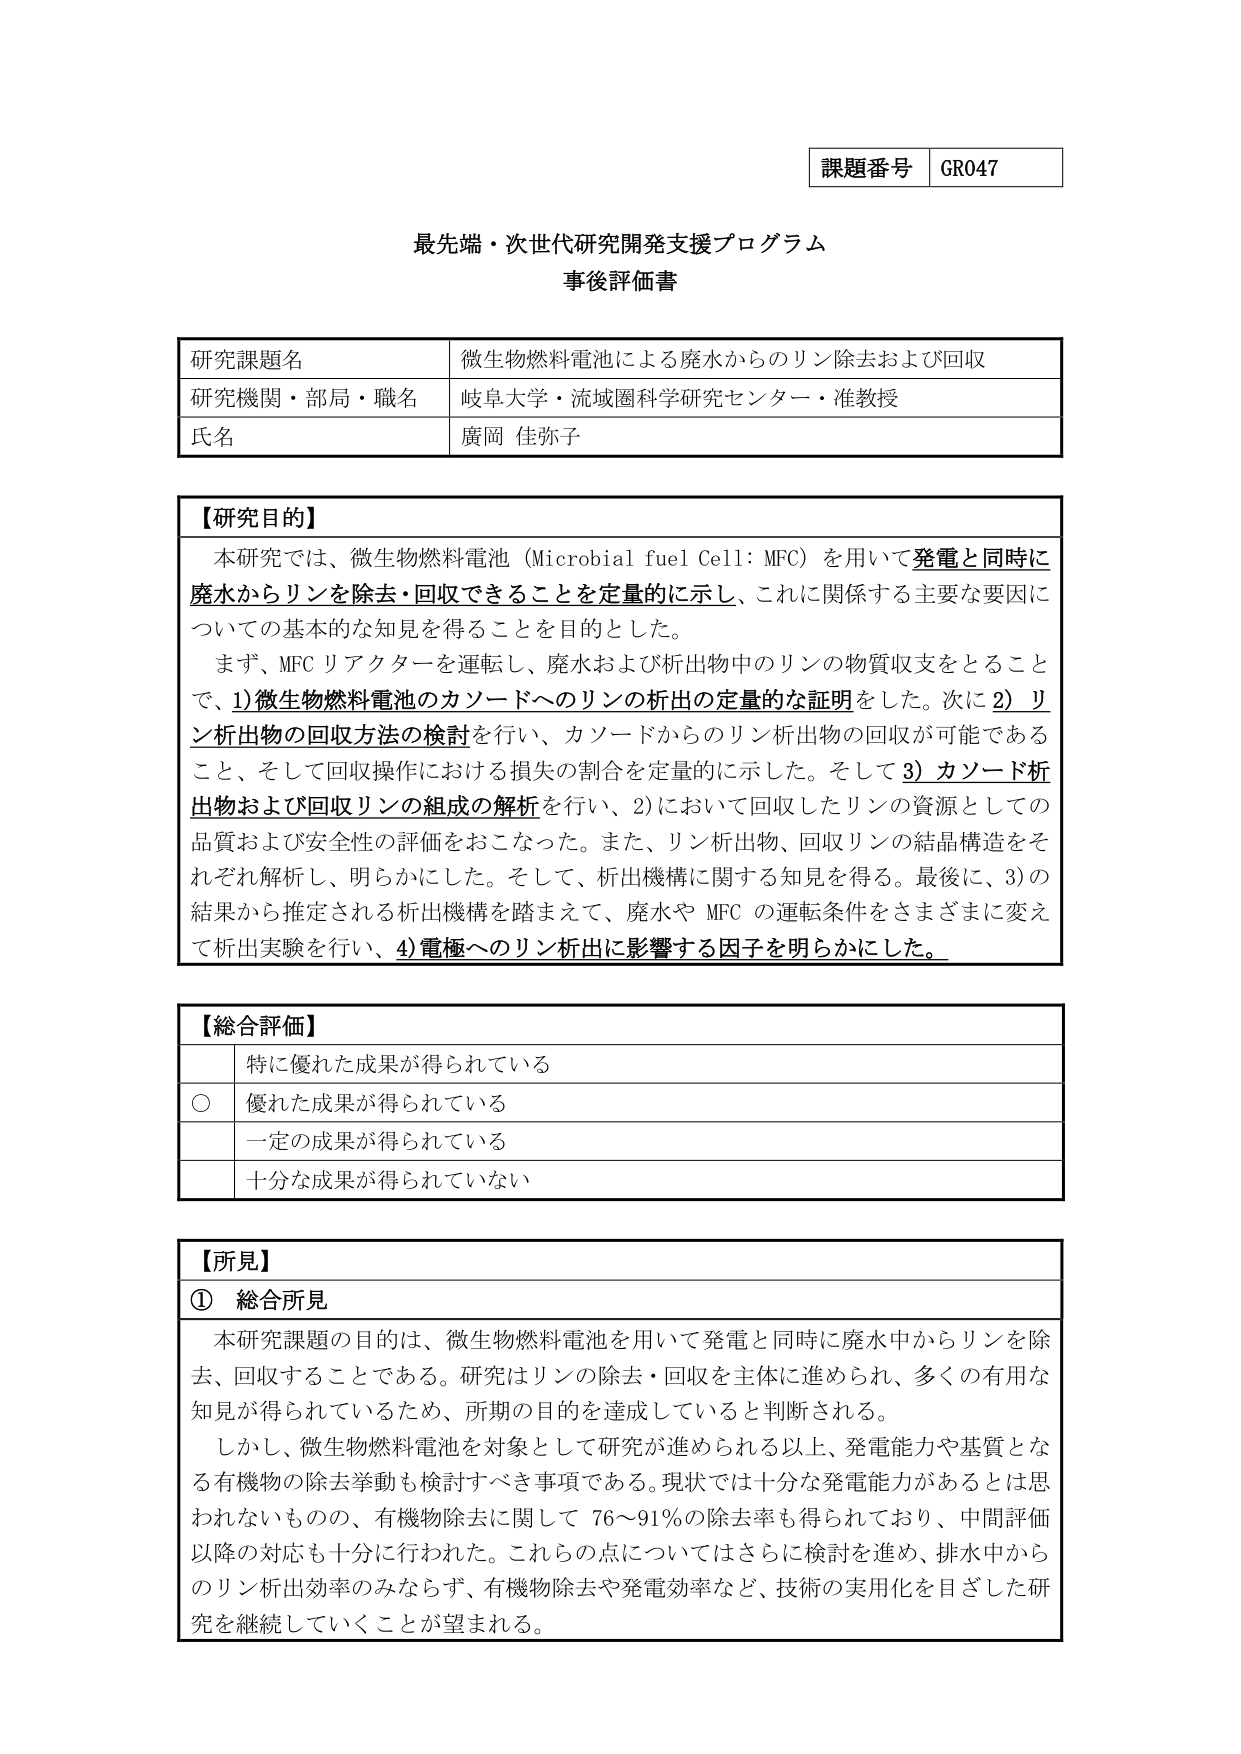
課題番号 GR047

最先端・次世代研究開発支援プログラム
事後評価書

研究課題名 微生物燃料電池による廃水からのリン除去および回収
研究機関・部局・職名 岐阜大学・流域圏科学研究センター・准教授
氏名 廣岡 佳弥子

【研究目的】
本研究では、微生物燃料電池（Microbial fuel Cell: MFC）を用いて発電と同時に廃水からリンを除去・回収できることを定量的に示し、これに関係する主要な要因についての基本的な知見を得ることを目的とした。
まず、MFC リアクターを運転し、廃水および析出物中のリンの物質収支をとることで、1) 微生物燃料電池のカソードへのリンの析出の定量的な証明をした。次に 2) リン析出物の回収方法の検討を行い、カソードからのリン析出物の回収が可能であること、そして回収操作における損失の割合を定量的に示した。そして 3) カソード析出物および回収リンの組成の解析を行い、2) において回収したリンの資源としての品質および安全性の評価をおこなった。また、リン析出物、回収リンの結晶構造をそれぞれ解析し、明らかにした。そして、析出機構に関する知見を得る。最後に、3) の結果から推定される析出機構を踏まえて、廃水や MFC の運転条件をさまざまに変えて析出実験を行い、4) 電極へのリン析出に影響する因子を明らかにした。

【総合評価】
　　　特に優れた成果が得られている
○　優れた成果が得られている
　　　一定の成果が得られている
　　　十分な成果が得られていない

【所見】
① 総合所見
本研究課題の目的は、微生物燃料電池を用いて発電と同時に廃水中からリンを除去、回収することである。研究はリンの除去・回収を主体に進められ、多くの有用な知見が得られているため、所期の目的を達成していると判断される。
しかし、微生物燃料電池を対象として研究が進められる以上、発電能力や基質となる有機物の除去挙動も検討すべき事項である。現状では十分な発電能力があるとは思われないものの、有機物除去に関して 76～91% の除去率も得られており、中間評価以降の対応も十分に行われた。これらの点についてはさらに検討を進め、排水中からのリン析出効率のみならず、有機物除去や発電効率など、技術の実用化を目ざした研究を継続していくことが望まれる。